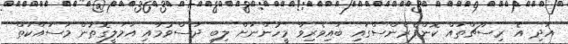
އަދި އެ ރިސާޗްތައް ކޮންފެރެންސްގައި ބައިވެރިވާ މީހުންނަށް ލިބި ދަސްވުމާއި އަމަލީގޮތުން މަސައްކަތް